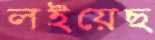
লইয়েছ